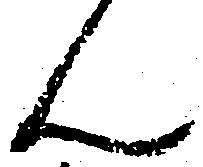
ん